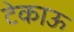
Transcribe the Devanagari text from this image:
टेकाऊ